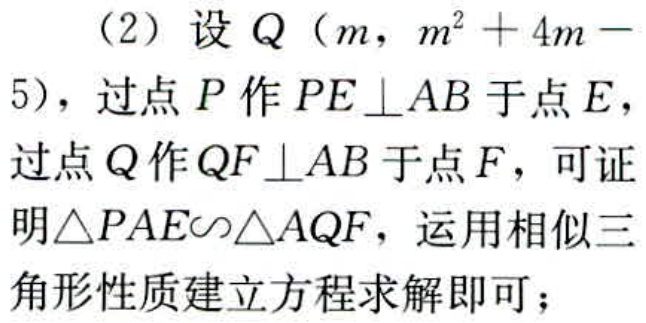
（2）设 \(Q(m,m^{2}+4m - 5)\)，过点 \(P\) 作 \(PE\perp AB\) 于点 \(E\)，过点 \(Q\) 作 \(QF\perp AB\) 于点 \(F\)，可证明 \(\triangle PAE\sim\triangle AQF\)，运用相似三角形性质建立方程求解即可；